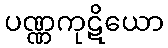
ပဏ္ဏကုဋိယော